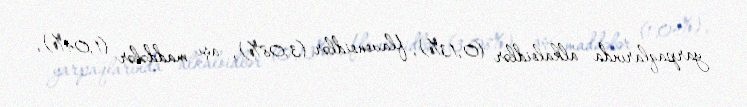
yarpaqlarında alkaloidlər (0,13%), flavonoidlər (3,08%), aşı maddələr (1,04%),